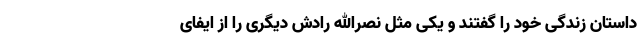
داستان زندگی خود را گفتند و یکی مثل نصرالله رادش دیگری را از ایفای